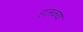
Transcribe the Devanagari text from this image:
हलक्‍या